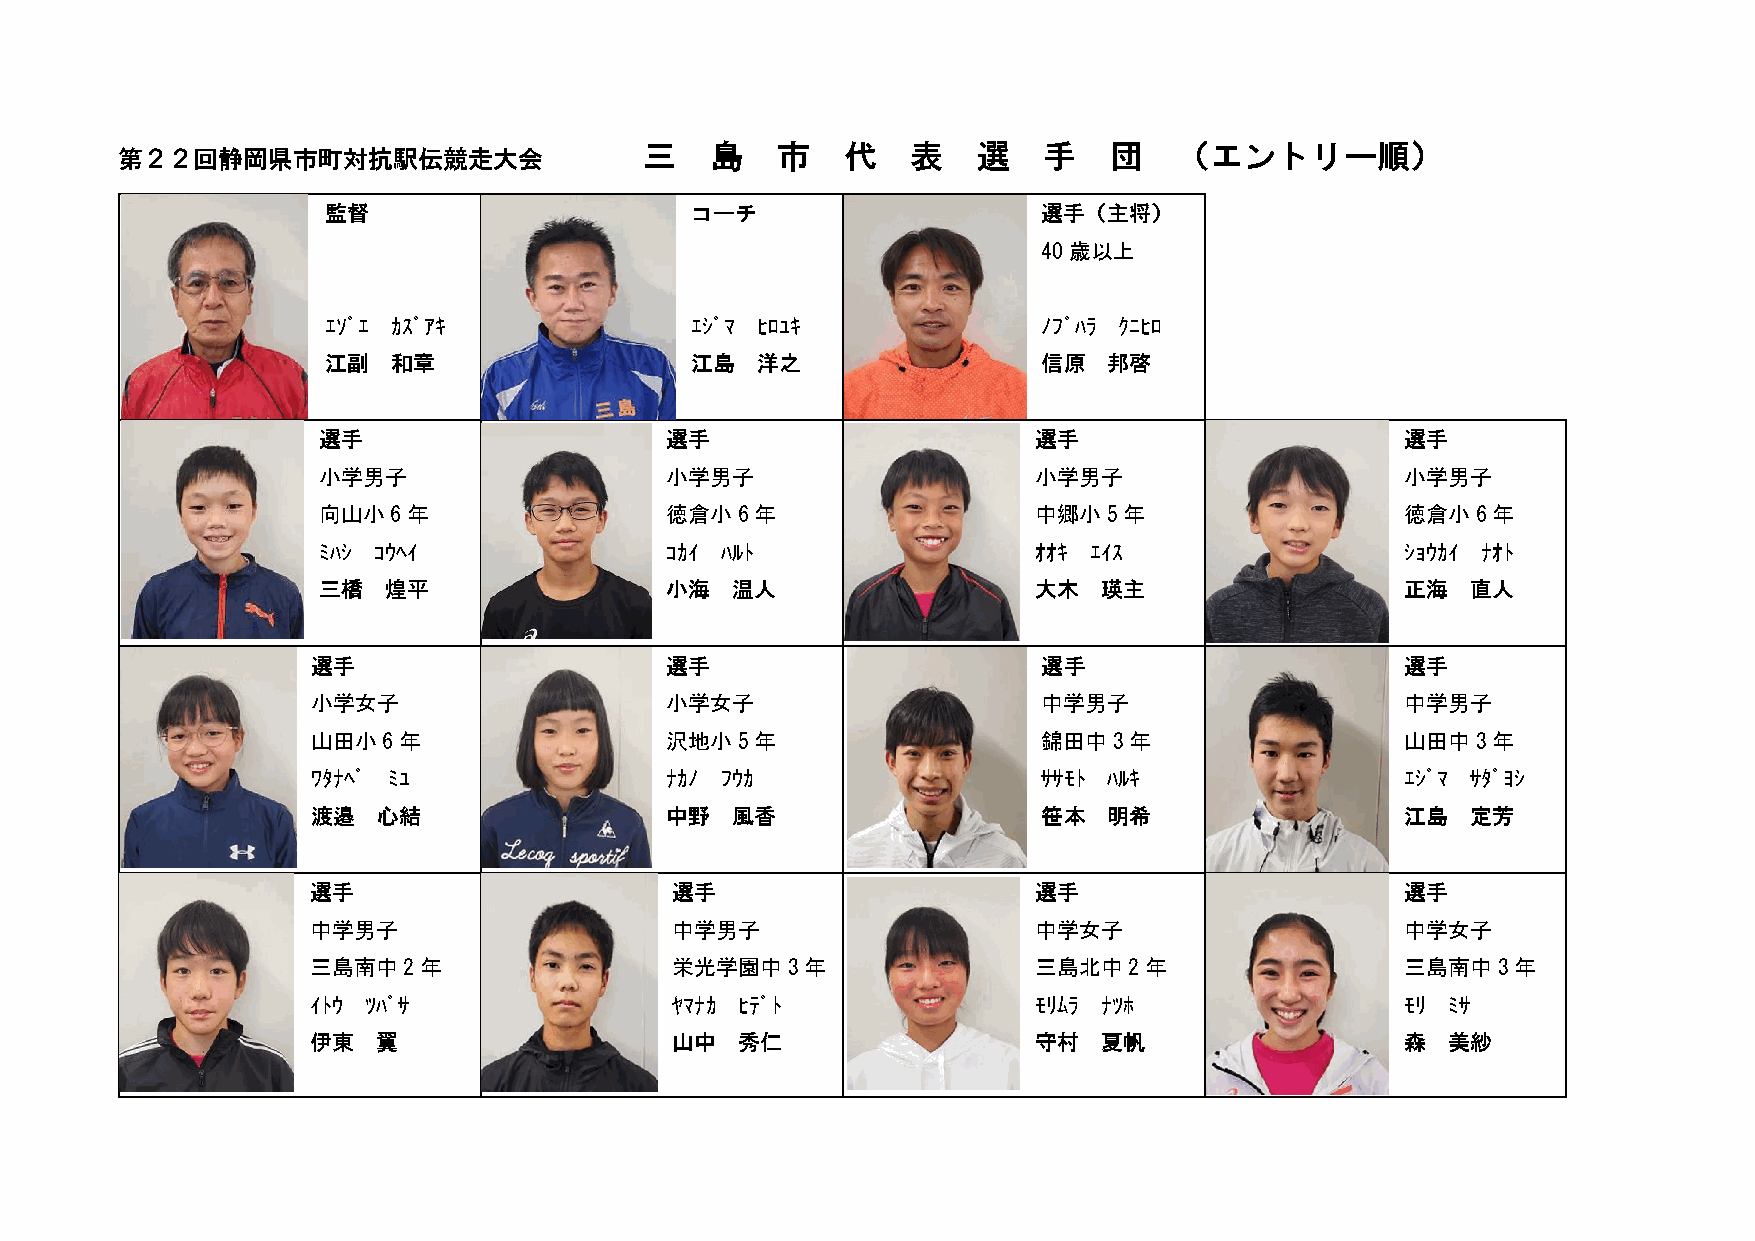
三   島   市    代   表    選   手   団    （エントリー順）
 第２２回静岡県市町対抗駅伝競走大会
 監督                      コーチ                    選手（主将）
 40歳以上
 ｴｿﾞｴ ｶｽﾞｱｷ              ｴｼﾞﾏ ﾋﾛﾕｷ              ﾉﾌﾞﾊﾗ ｸﾆﾋﾛ
 江副  和章                  江島  洋之                 信原  邦啓
 選手                     選手                       選手                      選手
 小学男子                   小学男子                     小学男子                    小学男子
 向山小6年                  徳倉小6年                    中郷小5年                   徳倉小6年
 ﾐﾊｼ ｺｳﾍｲ               ｺｶｲ ﾊﾙﾄ                  ｵｵｷ ｴｲｽ                 ｼｮｳｶｲ ﾅｵﾄ
 三橋  煌平                 小海  温人                   大木  瑛主                  正海  直人
 選手                     選手                       選手                      選手
 小学女子                   小学女子                     中学男子                    中学男子
 山田小6年                  沢地小5年                    錦田中3年                   山田中3年
 ﾜﾀﾅﾍﾞ ﾐﾕ               ﾅｶﾉ ﾌｳｶ                  ｻｻﾓﾄ ﾊﾙｷ                ｴｼﾞﾏ ｻﾀﾞﾖｼ
 渡邉  心結                 中野  風香                   笹本  明希                  江島  定芳
 選手                     選手                      選手                       選手
 中学男子                   中学男子                    中学女子                     中学女子
 三島南中2年                 栄光学園中3年                 三島北中2年                   三島南中3年
 ｲﾄｳ ﾂﾊﾞｻ               ﾔﾏﾅｶ ﾋﾃﾞﾄ               ﾓﾘﾑﾗ ﾅﾂﾎ                 ﾓﾘ ﾐｻ
 伊東  翼                  山中   秀仁                 守村   夏帆                  森  美紗